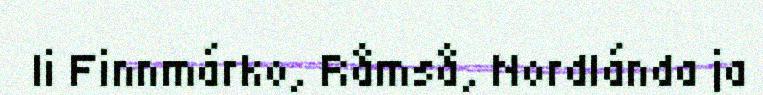
li Finnmárko, Råmså, Nordlánda ja